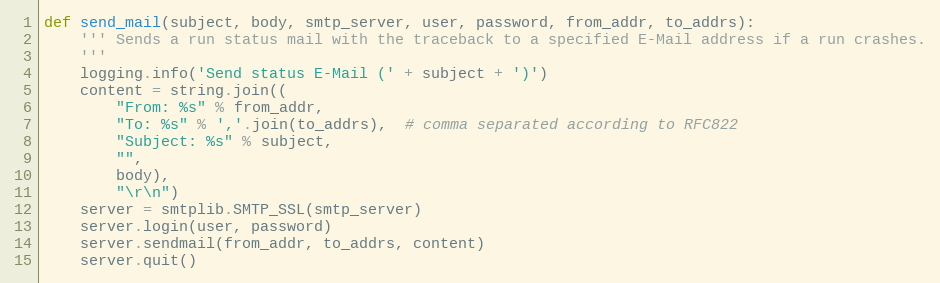
Language: Python
def send_mail(subject, body, smtp_server, user, password, from_addr, to_addrs):
    ''' Sends a run status mail with the traceback to a specified E-Mail address if a run crashes.
    '''
    logging.info('Send status E-Mail (' + subject + ')')
    content = string.join((
        "From: %s" % from_addr,
        "To: %s" % ','.join(to_addrs),  # comma separated according to RFC822
        "Subject: %s" % subject,
        "",
        body),
        "\r\n")
    server = smtplib.SMTP_SSL(smtp_server)
    server.login(user, password)
    server.sendmail(from_addr, to_addrs, content)
    server.quit()